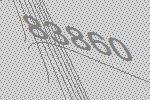
83860